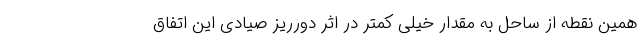
همین نقطه از ساحل به مقدار خیلی کمتر در اثر دورریز صیادی این اتفاق